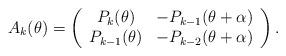
LaTeX: \begin{align*} A_{k}(\theta)=\left( \begin{array}{cc} P_k(\theta) &- P_{k-1}(\theta+\alpha)\\ P_{k-1}(\theta) & - P_{k-2}(\theta+\alpha) \\ \end{array}\right).\end{align*}